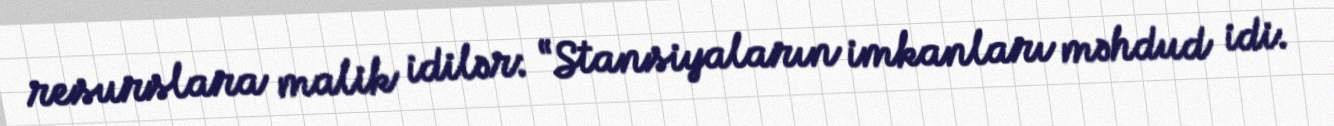
resurslara malik idilər: “Stansiyaların imkanları məhdud idi.